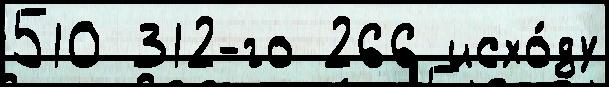
510 312-го 266 исхо́ду